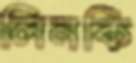
লিনকি